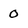
Character: 0